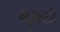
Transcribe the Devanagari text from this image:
मुसनुरी